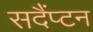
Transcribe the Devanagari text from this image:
सदैंप्टन